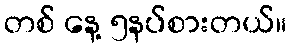
တစ် နေ့ ၅နပ်စားတယ်။